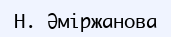
Н. Әміржанова